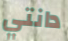
دانتي